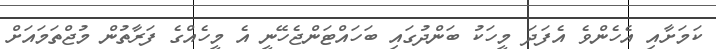
ކަމަށާއި އެހެންވެ އެފަދަ މީހަކު ބަންދުގައި ބަހައްޓަންޖެހޭނީ އެ މީހެއްގެ ފަރާތުން މުޖްތަމައަށް